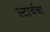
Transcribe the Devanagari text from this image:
स्टार्चचा